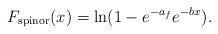
LaTeX: \begin{align*}F_{\rm spinor}(x) = \ln ( 1 - e^{- a_f} e^{- bx}).\end{align*}